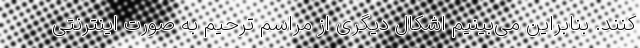
کنند. بنابراین می‌بینیم اشکال دیگری از مراسم ترحیم به صورت اینترنتی